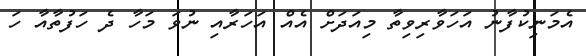
އެމަނިކުފާނު އަހަވާރިވިތާ މިއަދަށް އެއް އަހަރާއި ނުވަ މަހާ ދެ ހަފުތާއާ ހަ